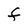
Character: F